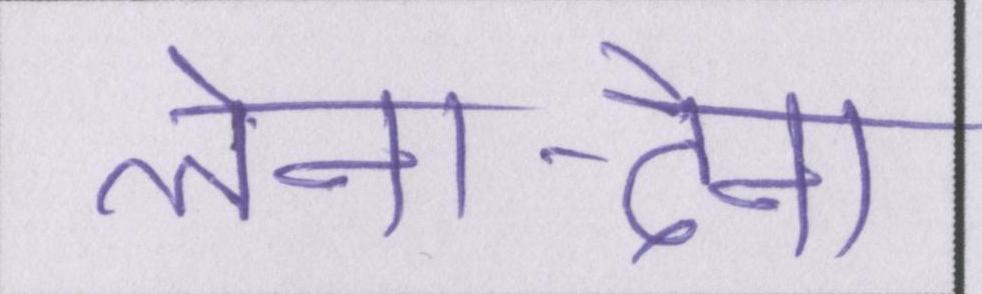
लेना-देना